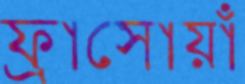
ফ্রাসোয়াঁ